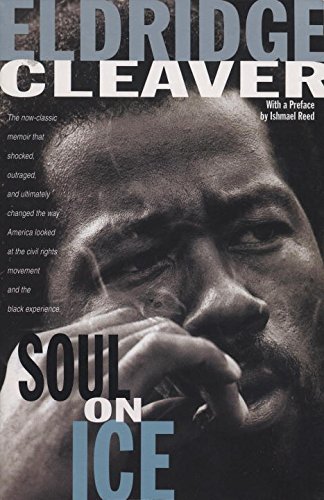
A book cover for Soul on Ice; Eldridge Cleaver; Biographies & Memoirs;